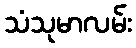
သံသုမာလမ်း